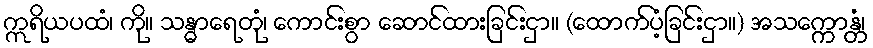
ဣရိယပထံ၊ ကို။ သန္ဓာရေတုံ၊ ကောင်းစွာ ဆောင်ထားခြင်းငှာ။ (ထောက်ပံ့ခြင်းငှာ။) အသက္ကောန္တံ၊